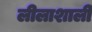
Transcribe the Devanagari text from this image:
लीलाशाली